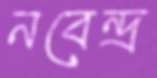
নবেন্দ্র